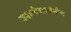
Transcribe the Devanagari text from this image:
शहाजीराजांनीच